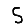
Digit: 5